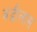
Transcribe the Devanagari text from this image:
वडीलास